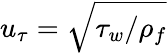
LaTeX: u_{\tau}=\sqrt{\tau_{w}/\rho_{f}}